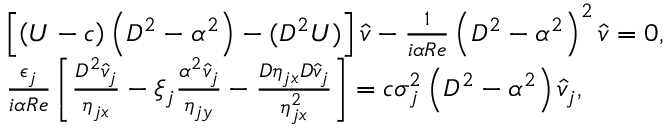
\begin{array} { r l } & { \left[ \left( { U } - c \right) \left( D ^ { 2 } - \alpha ^ { 2 } \right) - ( D ^ { 2 } { U } ) \right] \widehat { v } - \frac { 1 } { i \alpha R e } \left( D ^ { 2 } - \alpha ^ { 2 } \right) ^ { 2 } \widehat { v } = 0 , } \\ & { \frac { \epsilon _ { j } } { i \alpha R e } \left[ \frac { D ^ { 2 } \widehat { v } _ { j } } { \eta _ { j x } } - \xi _ { j } \frac { \alpha ^ { 2 } \widehat { v } _ { j } } { \eta _ { j y } } - \frac { D \eta _ { j x } D \widehat { v } _ { j } } { \eta _ { j x } ^ { 2 } } \right] = c \sigma _ { j } ^ { 2 } \left( D ^ { 2 } - \alpha ^ { 2 } \right) \widehat { v } _ { j } , } \end{array}